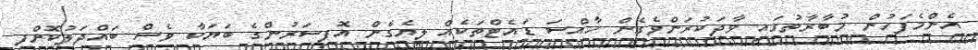
އެންމެފަހުން މުބާރާތުގައި ވާދަކުރަންވެގެން ހާއްސަ ޑައެޓްތަކެއް ލިޔެގެން އޮފިސަރުންގެ ބަޔަކާ ވެސް ބައްދަލުކޮށްފި